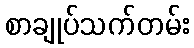
စာချုပ်သက်တမ်း